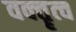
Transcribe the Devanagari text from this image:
वक्‍तॄत्‍व